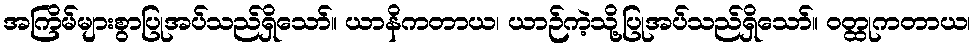
အကြိမ်များစွာပြုအပ်သည်ရှိသော်။ ယာနိကတာယ၊ ယာဉ်ကဲ့သို့ပြုအပ်သည်ရှိသော်။ ဝတ္ထုကတာယ၊